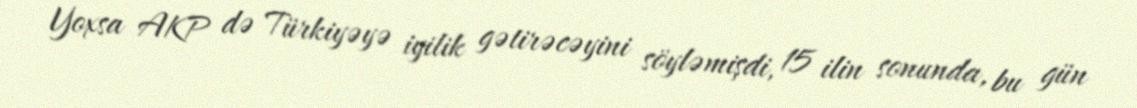
Yoxsa AKP də Türkiyəyə iyilik gətirəcəyini söyləmişdi, 15 ilin sonunda, bu gün